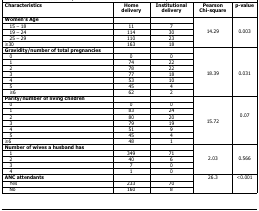
| Characteristics | Home delivery | Institutional delivery | Pearson Chi-square | p-value |
 | --- | --- | --- | --- | --- |
 | Women's Age |  |  | <ROWSPAN=5> 14.29 | <ROWSPAN=5> 0.003 |
 | 15 – 18 | 11 | 7 |
 | 19 – 24 | 114 | 30 |
 | 25 – 29 | 110 | 23 |
 | ≥30 | 163 | 18 |
 | Gravidity/number of total pregnancies |  |  | <ROWSPAN=8> 18.39 | <ROWSPAN=8> 0.031 |
 | 0 | 0 | 0 |
 | 1 | 74 | 22 |
 | 2 | 78 | 22 |
 | 3 | 77 | 18 |
 | 4 | 53 | 10 |
 | 5 | 45 | 4 |
 | ≥6 | 62 | 2 |
 | Parity/number of living children |  |  | <ROWSPAN=8> 15.72 | <ROWSPAN=8> 0.07 |
 | 0 | 0 | 0 |
 | 1 | 83 | 24 |
 | 2 | 80 | 20 |
 | 3 | 79 | 19 |
 | 4 | 51 | 9 |
 | 5 | 45 | 4 |
 | ≥6 | 48 | 1 |
 | Number of wives a husband has |  |  | <ROWSPAN=5> 2.03 | <ROWSPAN=5> 0.566 |
 | 1 | 349 | 71 |
 | 2 | 40 | 6 |
 | 3 | 7 | 0 |
 | 4 | 1 | 0 |
 | ANC attendants |  |  | <ROWSPAN=3> 26.3 | <ROWSPAN=3> <0.001 |
 | Yes | 233 | 70 |
 | No | 160 | 8 |